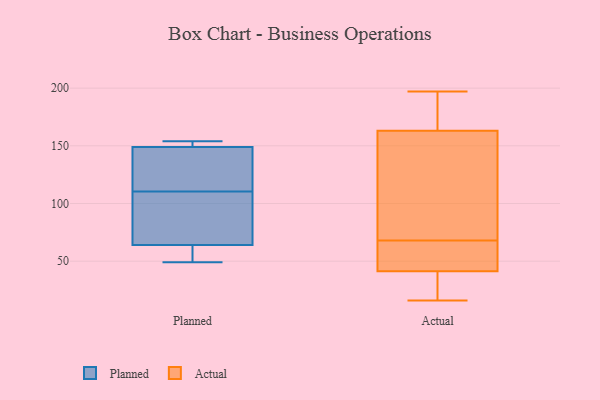
{"axis": {"x": "Production Output", "y": "Value"}, "legend": ["Actual", "Planned"], "data": [{"x": "", "y": 49, "type": "Planned"}, {"x": "", "y": 146, "type": "Planned"}, {"x": "", "y": 149, "type": "Planned"}, {"x": "", "y": 152, "type": "Planned"}, {"x": "", "y": 64, "type": "Planned"}, {"x": "", "y": 75, "type": "Planned"}, {"x": "", "y": 66, "type": "Planned"}, {"x": "", "y": 149, "type": "Planned"}, {"x": "", "y": 59, "type": "Planned"}, {"x": "", "y": 154, "type": "Planned"}, {"x": "", "y": 68, "type": "Actual"}, {"x": "", "y": 42, "type": "Actual"}, {"x": "", "y": 116, "type": "Actual"}, {"x": "", "y": 61, "type": "Actual"}, {"x": "", "y": 16, "type": "Actual"}, {"x": "", "y": 20, "type": "Actual"}, {"x": "", "y": 165, "type": "Actual"}, {"x": "", "y": 157, "type": "Actual"}, {"x": "", "y": 34, "type": "Actual"}, {"x": "", "y": 41, "type": "Actual"}, {"x": "", "y": 62, "type": "Actual"}, {"x": "", "y": 191, "type": "Actual"}, {"x": "", "y": 17, "type": "Actual"}, {"x": "", "y": 197, "type": "Actual"}, {"x": "", "y": 68, "type": "Actual"}, {"x": "", "y": 103, "type": "Actual"}, {"x": "", "y": 85, "type": "Actual"}, {"x": "", "y": 174, "type": "Actual"}, {"x": "", "y": 181, "type": "Actual"}]}